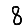
Digit: 8